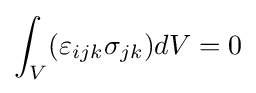
\int _{V}(\varepsilon _{ijk}\sigma _{jk})dV=0